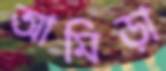
আমিড়া